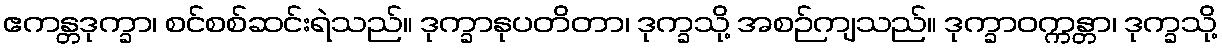
ဧကန္တဒုက္ခာ၊ စင်စစ်ဆင်းရဲသည်။ ဒုက္ခာနုပတိတာ၊ ဒုက္ခသို့ အစဉ်ကျသည်။ ဒုက္ခာဝက္ကန္တာ၊ ဒုက္ခသို့